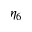
\eta _ { 6 }